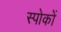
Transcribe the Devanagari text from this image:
स्पोकों